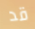
قد